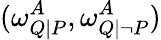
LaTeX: (\omega_{Q|P}^{A},\omega_{Q|\lnot P}^{A})